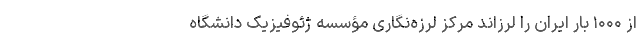
از ۱۰۰۰ بار ایران را لرزاند مرکز لرزه‌نگاری مؤسسه ژئوفیزیک دانشگاه